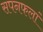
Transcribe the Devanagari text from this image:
सपनफलां